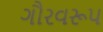
ગૌરવરૂપ